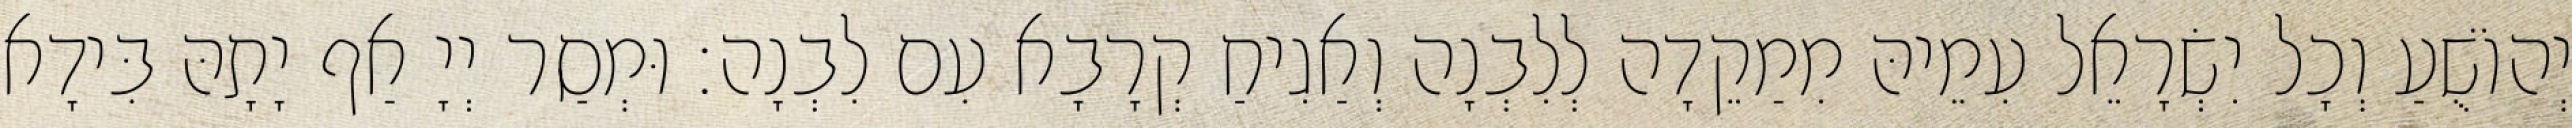
יְהוֹשֻׁעַ וְכָל יִשְׂרָאֵל עִמֵיהּ מִמַקֵדָה לְלִבְנָה וְאַגִיחַ קְרָבָא עִם לִבְנָה׃ וּמְסַר יְיָ אַף יָתָהּ בִּידָא